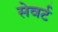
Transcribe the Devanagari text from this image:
सेवर्ट